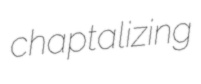
chaptalizing